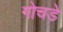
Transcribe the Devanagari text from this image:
गोचडे